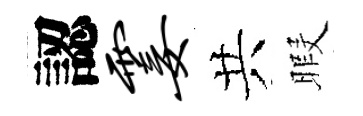
認霎共暇